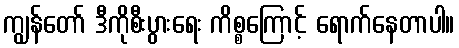
ကျွန်တော် ဒီကိုစီးပွားရေး ကိစ္စကြောင့် ရောက်နေတာပါ။